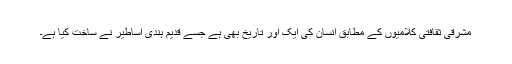
مشرقی ثقافتی کلامیوں کے مطابق انسان کی ایک اور تاریخ بھی ہے جسے قدیم ہندی اساطیر نے ساخت کیا ہے۔